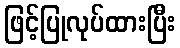
ဖြင့်ပြုလုပ်ထားပြီး